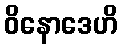
ဝိနောဒေဟိ